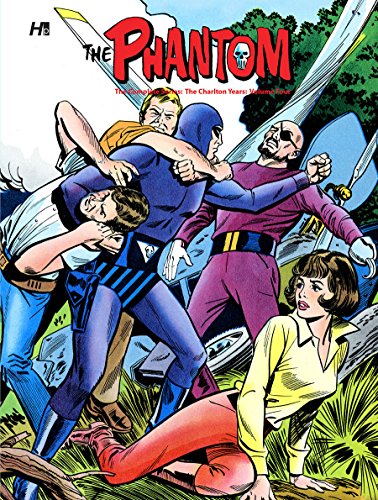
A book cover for The Phantom: The Complete Series - The Charlton Years Volume 4 (Phantom Comp Series Hc Charlton Years); Joe Gill; Comics & Graphic Novels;